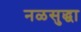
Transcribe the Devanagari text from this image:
नळसुद्धा